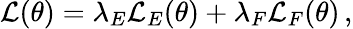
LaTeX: \mathcal{L}(\theta)=\lambda_{E}\mathcal{L}_{E}(\theta)+\lambda_{F}\mathcal{L}_{F}(\theta)\, ,